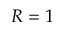
R = 1